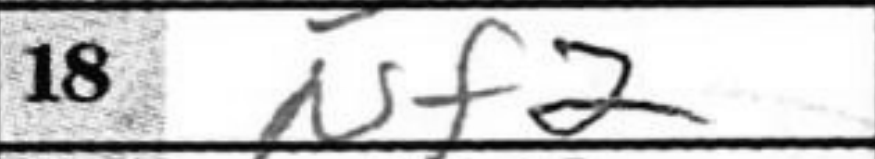
Transcription: Nf2